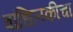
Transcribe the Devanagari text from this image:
बांधिलकीचा